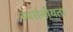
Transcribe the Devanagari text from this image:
स्पर्शनीयता